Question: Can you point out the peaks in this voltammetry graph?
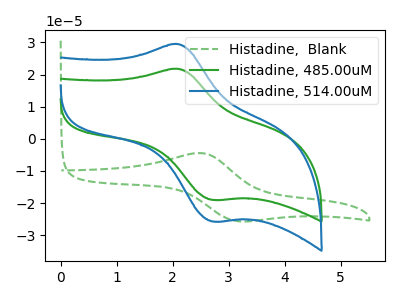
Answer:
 <answer>The green dashed curve "Histadine,  Blank" has an anodic peak at (2.50V, -4.45uA) and a cathodic peak at (3.15V, -25.60uA). The green curve "Histadine, 485.00uM" has an anodic peak at (2.10V, 21.75uA) and a cathodic peak at (2.70V, -19.00uA). The blue curve "Histadine, 514.00uM" has an anodic peak at (2.10V, 29.45uA) and a cathodic peak at (2.70V, -25.70uA).</answer>
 <eval></eval>